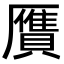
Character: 贋